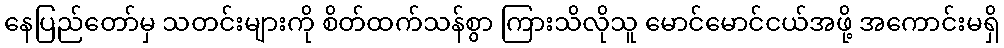
နေပြည်တော်မှ သတင်းများကို စိတ်ထက်သန်စွာ ကြားသိလိုသူ မောင်မောင်ငယ်အဖို့ အကောင်းမရှိ